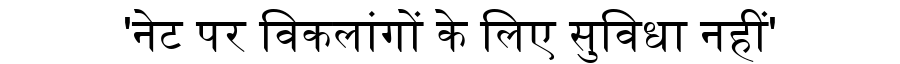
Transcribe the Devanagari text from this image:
'नेट पर विकलांगों के लिए सुविधा नहीं'